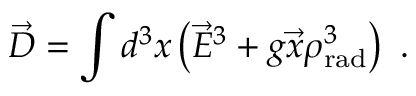
\vec { \cal D } = \int d ^ { 3 } x \left( \vec { E } ^ { 3 } + g \vec { x } \rho _ { \mathrm { r a d } } ^ { 3 } \right) \ .